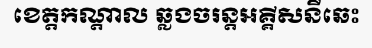
ខេត្តកណ្តាល ឆ្លងចរន្តអគ្គីសនីឆេះ